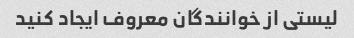
لیستی از خوانندگان معروف ایجاد کنید